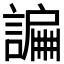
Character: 𧫲